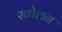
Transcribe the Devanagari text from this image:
खोलन